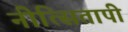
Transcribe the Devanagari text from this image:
नीत्सितापी